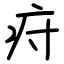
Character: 疛